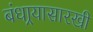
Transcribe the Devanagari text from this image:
बंधार्‍यासारखी